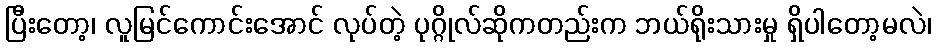
ပြီးတော့၊ လူမြင်ကောင်းအောင် လုပ်တဲ့ ပုဂ္ဂိုလ်ဆိုကတည်းက ဘယ်ရိုးသားမှု ရှိပါတော့မလဲ၊